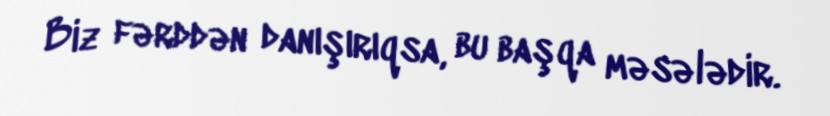
Biz fərddən danışırıqsa, bu başqa məsələdir.